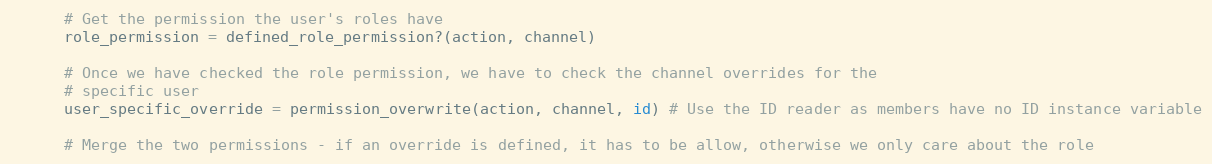
Language: Ruby
      # Get the permission the user's roles have
      role_permission = defined_role_permission?(action, channel)

      # Once we have checked the role permission, we have to check the channel overrides for the
      # specific user
      user_specific_override = permission_overwrite(action, channel, id) # Use the ID reader as members have no ID instance variable

      # Merge the two permissions - if an override is defined, it has to be allow, otherwise we only care about the role